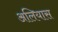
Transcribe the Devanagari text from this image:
अलियास